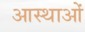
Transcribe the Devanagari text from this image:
आस्‍थाओं